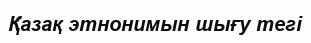
Қазақ этнонимын шығу тегі